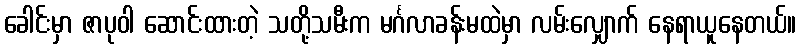
ခေါင်းမှာ ဇာပုဝါ ဆောင်းထားတဲ့ သတို့သမီးက မင်္ဂလာခန်းမထဲမှာ လမ်းလျှောက် နေရာယူနေတယ်။